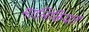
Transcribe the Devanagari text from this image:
मालिकियत